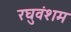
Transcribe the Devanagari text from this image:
रघुवंशम